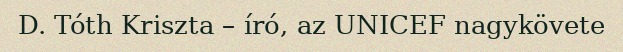
D. Tóth Kriszta – író, az UNICEF nagykövete